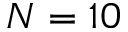
N = 1 0